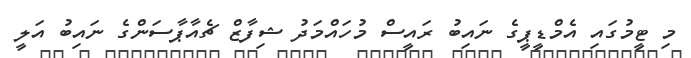
މި ޓީމުގައި އެމްޑީޕީގެ ނައިބު ރައީސް މުހައްމަދު ޝިފާޒް ޗެއާޕާސަންގެ ނައިބު އަލީ